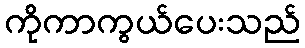
ကိုကာကွယ်ပေးသည်